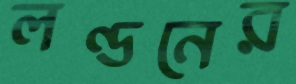
লণ্ডনের